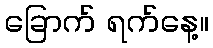
ခြောက် ရက်နေ့။